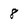
Character: 8